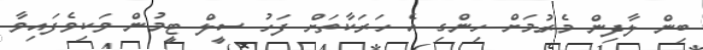
ބިން ލާދިން މެރުމަށް ހިންގި އެ ހަރަކާތަށް ފަހު ސީލް ޓީމުން ވަކިވެފައިވާ